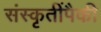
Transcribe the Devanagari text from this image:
संस्कृतींपैकी